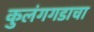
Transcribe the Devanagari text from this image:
कुलंगगडाचा